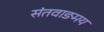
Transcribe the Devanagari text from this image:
संतवाङमय